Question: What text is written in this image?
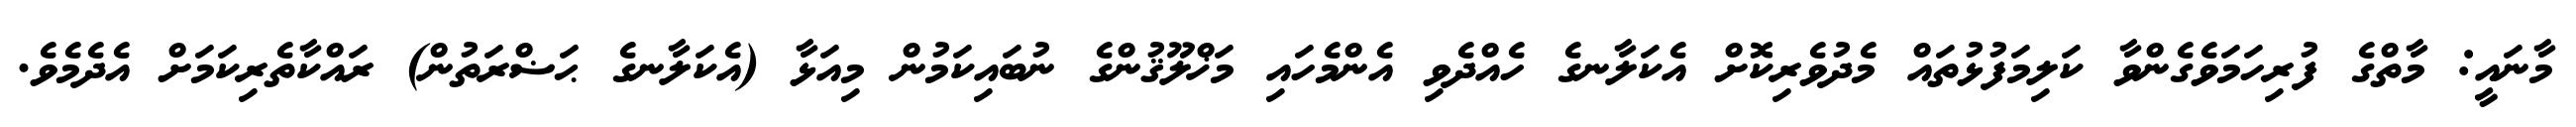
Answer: މާނައީ: މާތްގެ ފުރިހަމަވެގެންވާ ކަލިމަފުޅުތައް މެދުވެރިކޮށް އެކަލާނގެ ހެއްދެވި އެންމެހައި މަޚްލޫޤުންގެ ނުބައިކަމުން މިއަޅާ (އެކަލާނގެ ޙަޟްރަތުން) ރައްކާތެރިކަމަށް އެދެމެވެ.